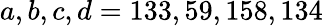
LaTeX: a,b,c,d=133,59,158,134